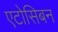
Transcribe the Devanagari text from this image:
एटोसिबन